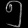
Digit: ၅